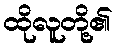
ထိုလူတို့၏